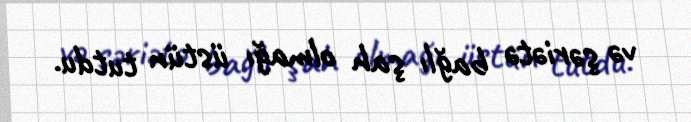
və şəriətə bağlı şah olmağı üstün tutdu.